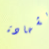
بشهادة